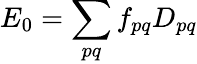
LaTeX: E_{0}=\sum_{pq}f_{pq}D_{pq}